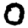
Digit: 0